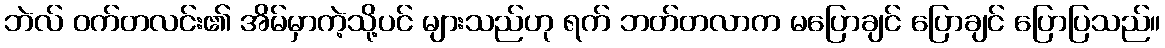
ဘဲလ် ဝက်တလင်း၏ အိမ်မှာကဲ့သို့ပင် များသည်ဟု ရက် ဘတ်တလာက မပြောချင် ပြောချင် ပြောပြသည်။